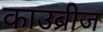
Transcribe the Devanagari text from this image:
काउब्रीज